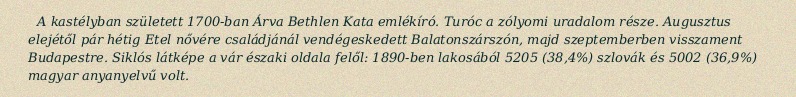
A kastélyban született 1700-ban Árva Bethlen Kata emlékíró. Turóc a zólyomi uradalom része. Augusztus elejétől pár hétig Etel nővére családjánál vendégeskedett Balatonszárszón, majd szeptemberben visszament Budapestre. Siklós látképe a vár északi oldala felől: 1890-ben lakosából 5205 (38,4%) szlovák és 5002 (36,9%) magyar anyanyelvű volt.